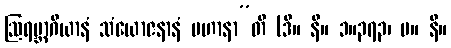
ဩရမ္ဘာဂိယာနံ သံယောဇနာနံ ပဟာနာ”တိ (ဒီ။ နိ။ ၁။၃၇၃၊ မ။ နိ။